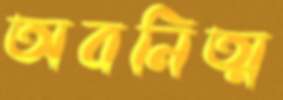
অবনিত্ম